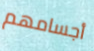
أجسامهم